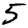
Digit: 5